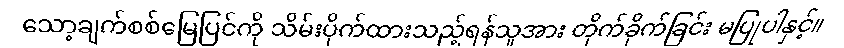
သော့ချက်စစ်မြေပြင်ကို သိမ်းပိုက်ထားသည့်ရန်သူအား တိုက်ခိုက်ခြင်း မပြုပါနှင့်။